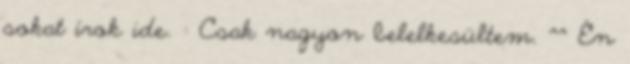
sokat írok ide. : Csak nagyon belelkesültem. ^^ Én